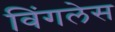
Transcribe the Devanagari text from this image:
विंगलेस